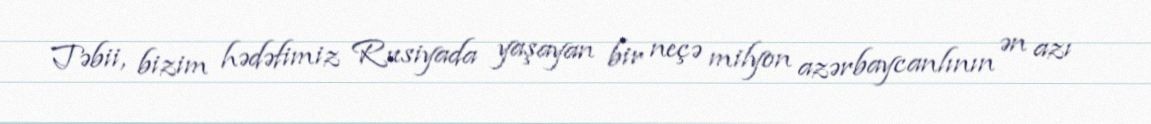
Təbii, bizim hədəfimiz Rusiyada yaşayan bir neçə milyon azərbaycanlının ən azı